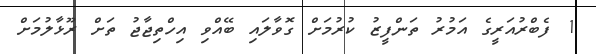
1 ފެބްރުއަރީގެ އަމުރު ތަންފީޒު ކުރުމަށް ގޮވާލަައި ބޭއްވި އިހްތިޖާޖު ތަށް ރޫޅާލުމަށް